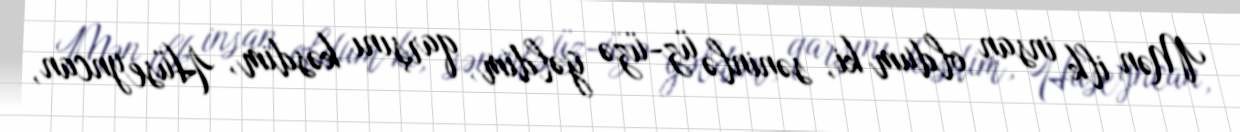
Mən ilk insan oldum ki, səninlə üz-üzə gəldim, qarşını kəsdim, Hüseyncan,